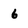
Character: 6